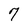
Character: 7